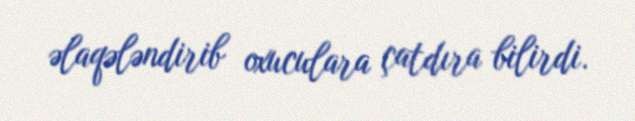
əlaqələndirib oxuculara çatdıra bilirdi.